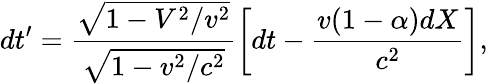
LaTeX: dt^{\prime}=\frac{\sqrt{1-V^{2}/v^{2}}}{\sqrt{1-v^{2}/c^{2}}}\left[dt-\frac{v(1-\alpha)dX}{c^{2}}\right],